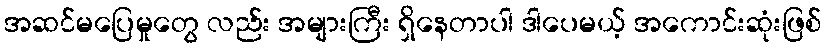
အဆင်မပြေမှုတွေ လည်း အများကြီး ရှိနေတာပါ ဒါပေမယ့် အကောင်းဆုံးဖြစ်